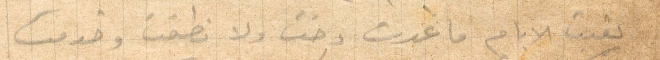
بقيت الأيام ما عدت دخت ولا نطقت وخدمت